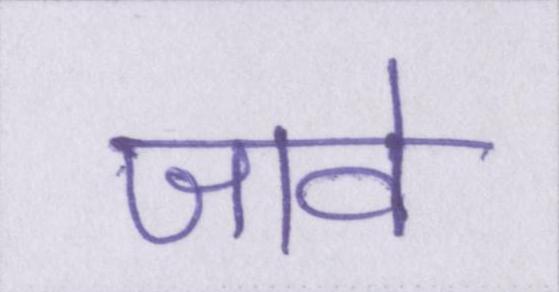
जावे